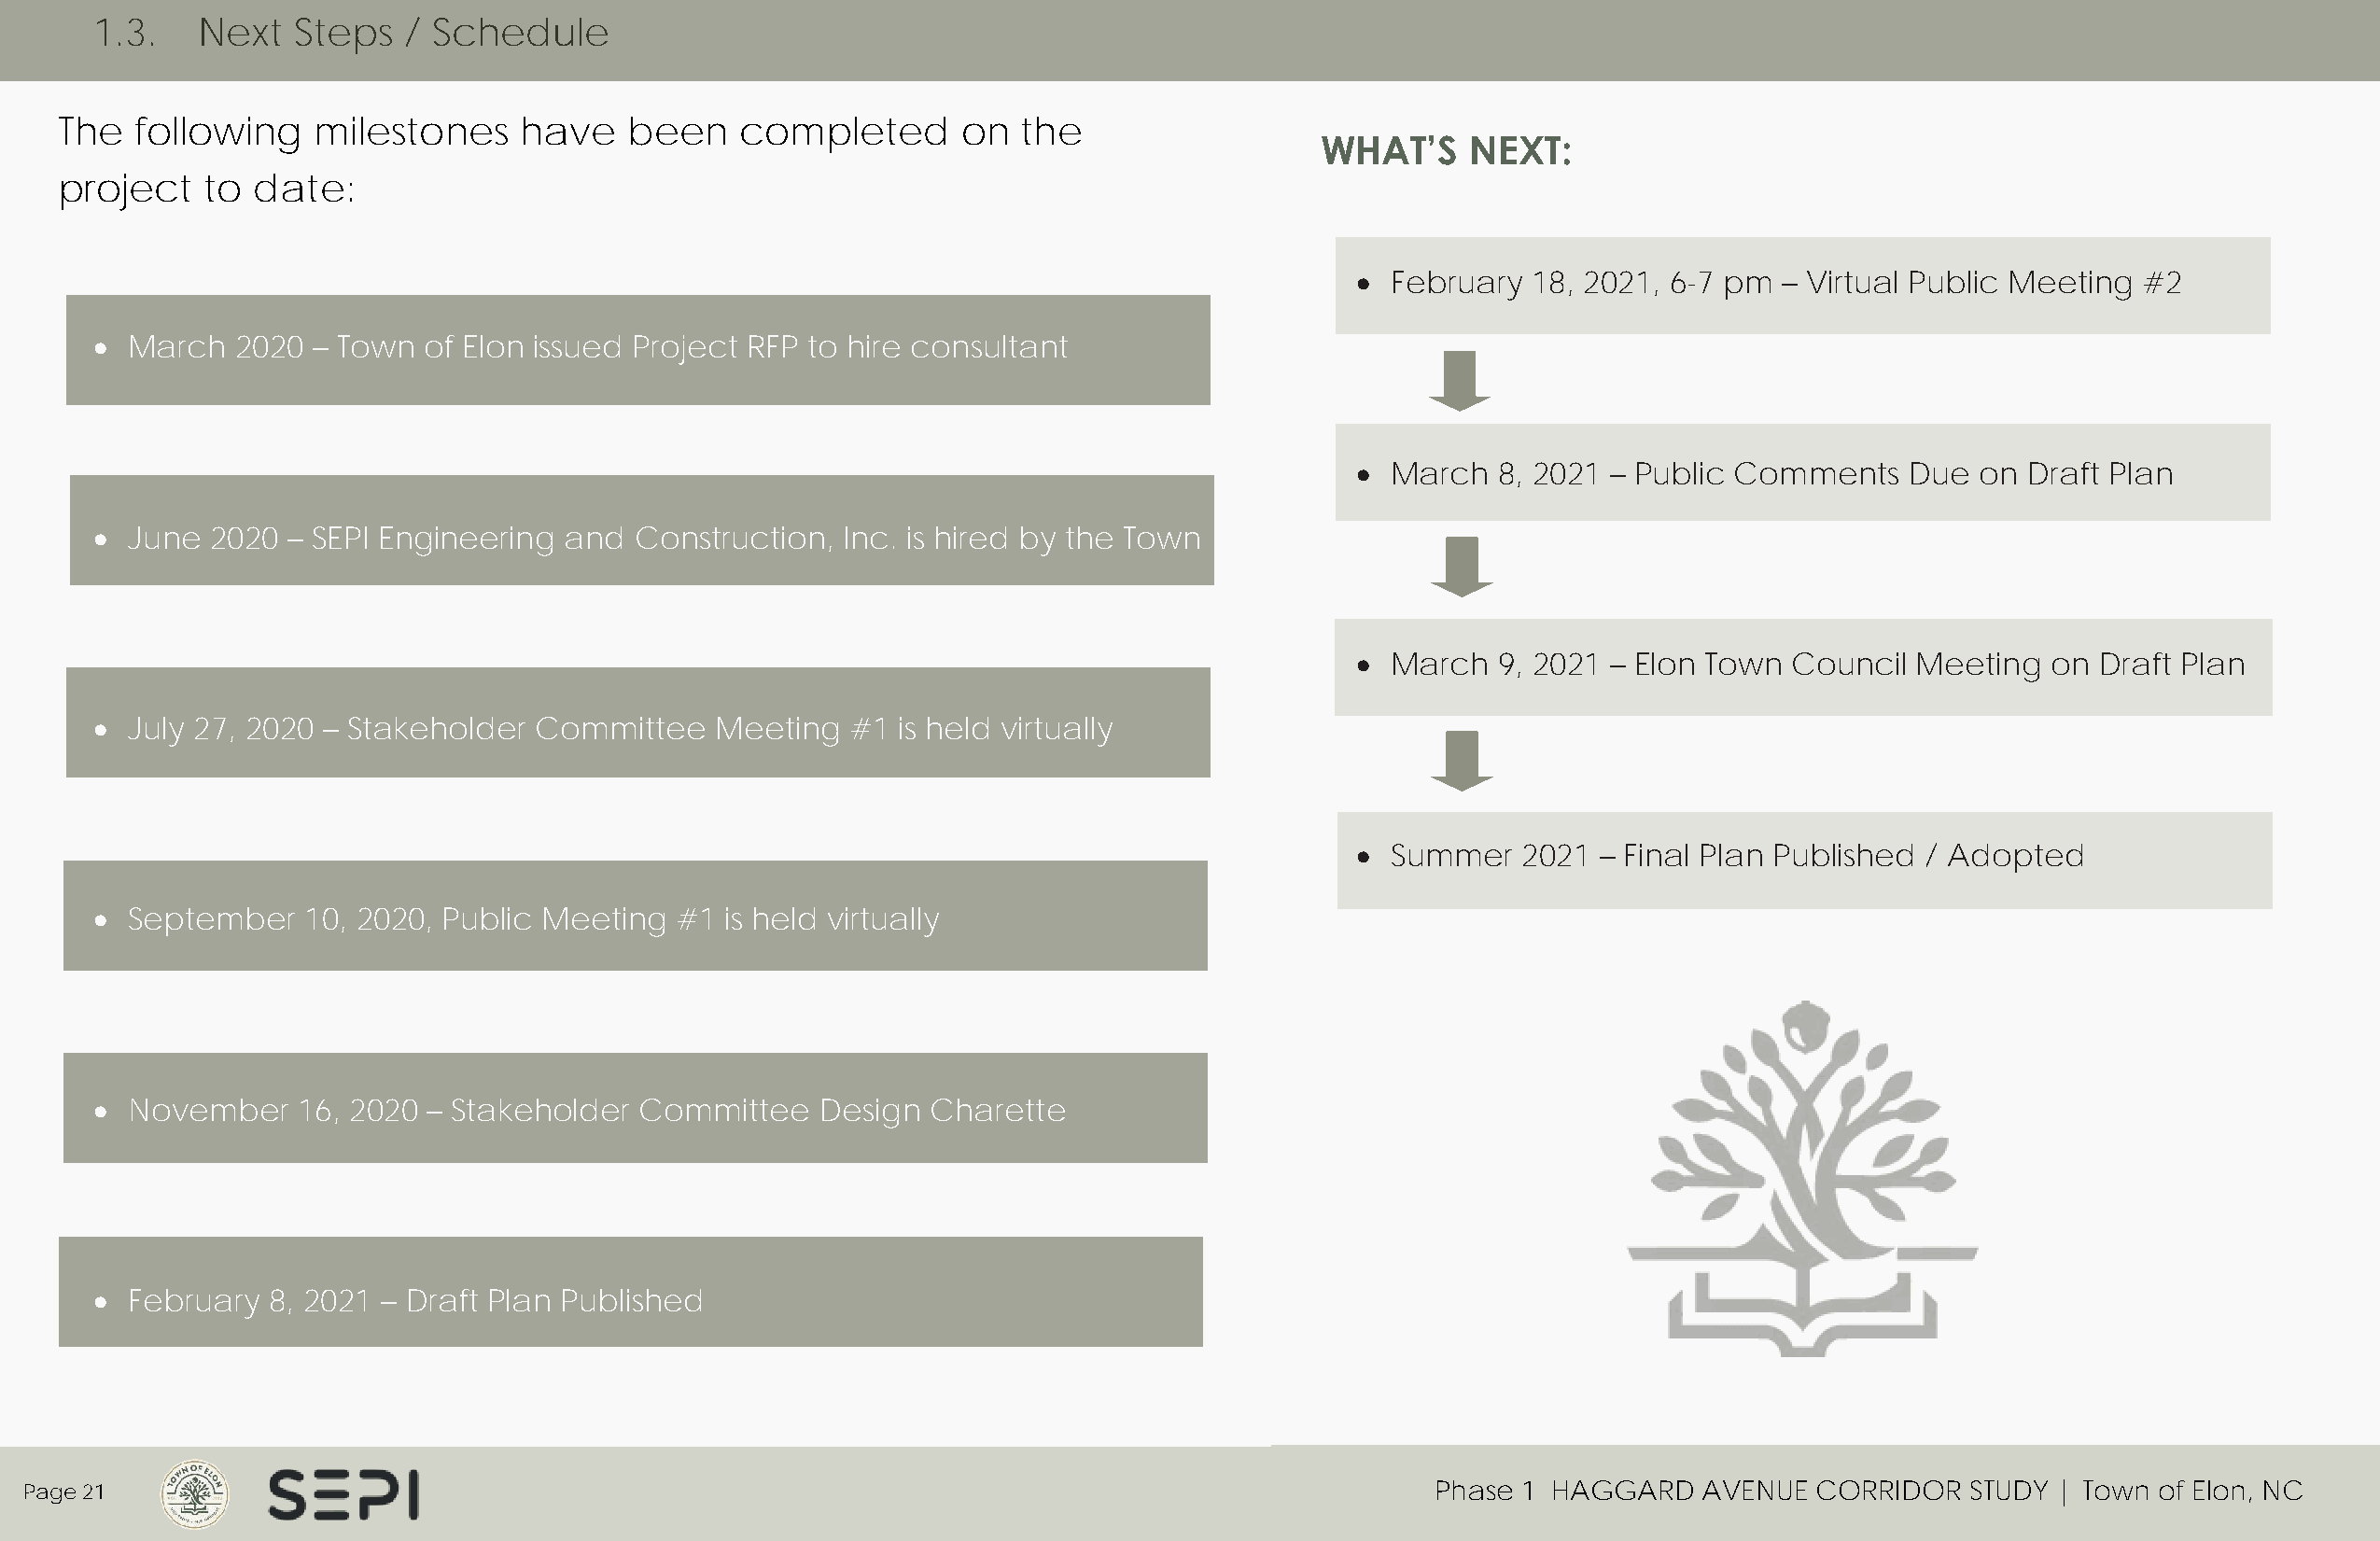
1.3.   Next   Steps   / Schedule
 The   following   milestones     have    been   completed       on  the
 WHAT’S    NEXT:
 project   to  date:
 •  February  18, 2021, 6-7 pm – Virtual Public Meeting  #2
 • March   2020 – Town  of Elon issued Project RFP to hire consultant
 •  March  8, 2021 – Public Comments    Due  on  Draft Plan
 • June  2020 – SEPI Engineering  and  Construction,  Inc. is hired by the Town
 •  March  9, 2021 – Elon Town  Council  Meeting  on  Draft Plan
 • July 27, 2020 – Stakeholder  Committee    Meeting  #1  is held virtually
 •  Summer   2021 – Final Plan Published  / Adopted
 • September    10, 2020, Public Meeting  #1 is held virtually
 • November    16, 2020 – Stakeholder  Committee    Design  Charette
 • February  8, 2021 – Draft Plan Published
 Page 21                                                                                             Phase 1 HAGGARD    AVENUE  CORRIDOR   STUDY | Town of Elon, NC